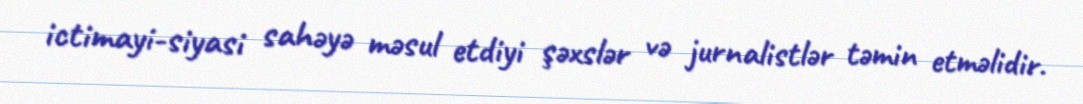
ictimayi-siyasi sahəyə məsul etdiyi şəxslər və jurnalistlər təmin etməlidir.